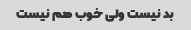
بد نیست ولی خوب هم نیست